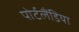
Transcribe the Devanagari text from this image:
पोर्टलैंडिया